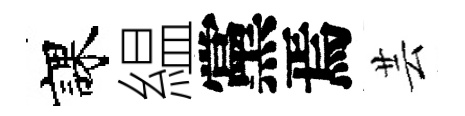
課緼黨焉芸